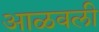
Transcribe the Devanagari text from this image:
आळवली